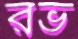
রভ